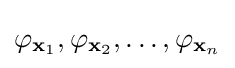
\varphi _{\mathbf {x} _{1}},\varphi _{\mathbf {x} _{2}},\dots ,\varphi _{\mathbf {x} _{n}}